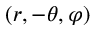
( r , - \theta , \varphi )